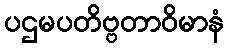
ပဌမပတိဗ္ဗတာဝိမာနံ